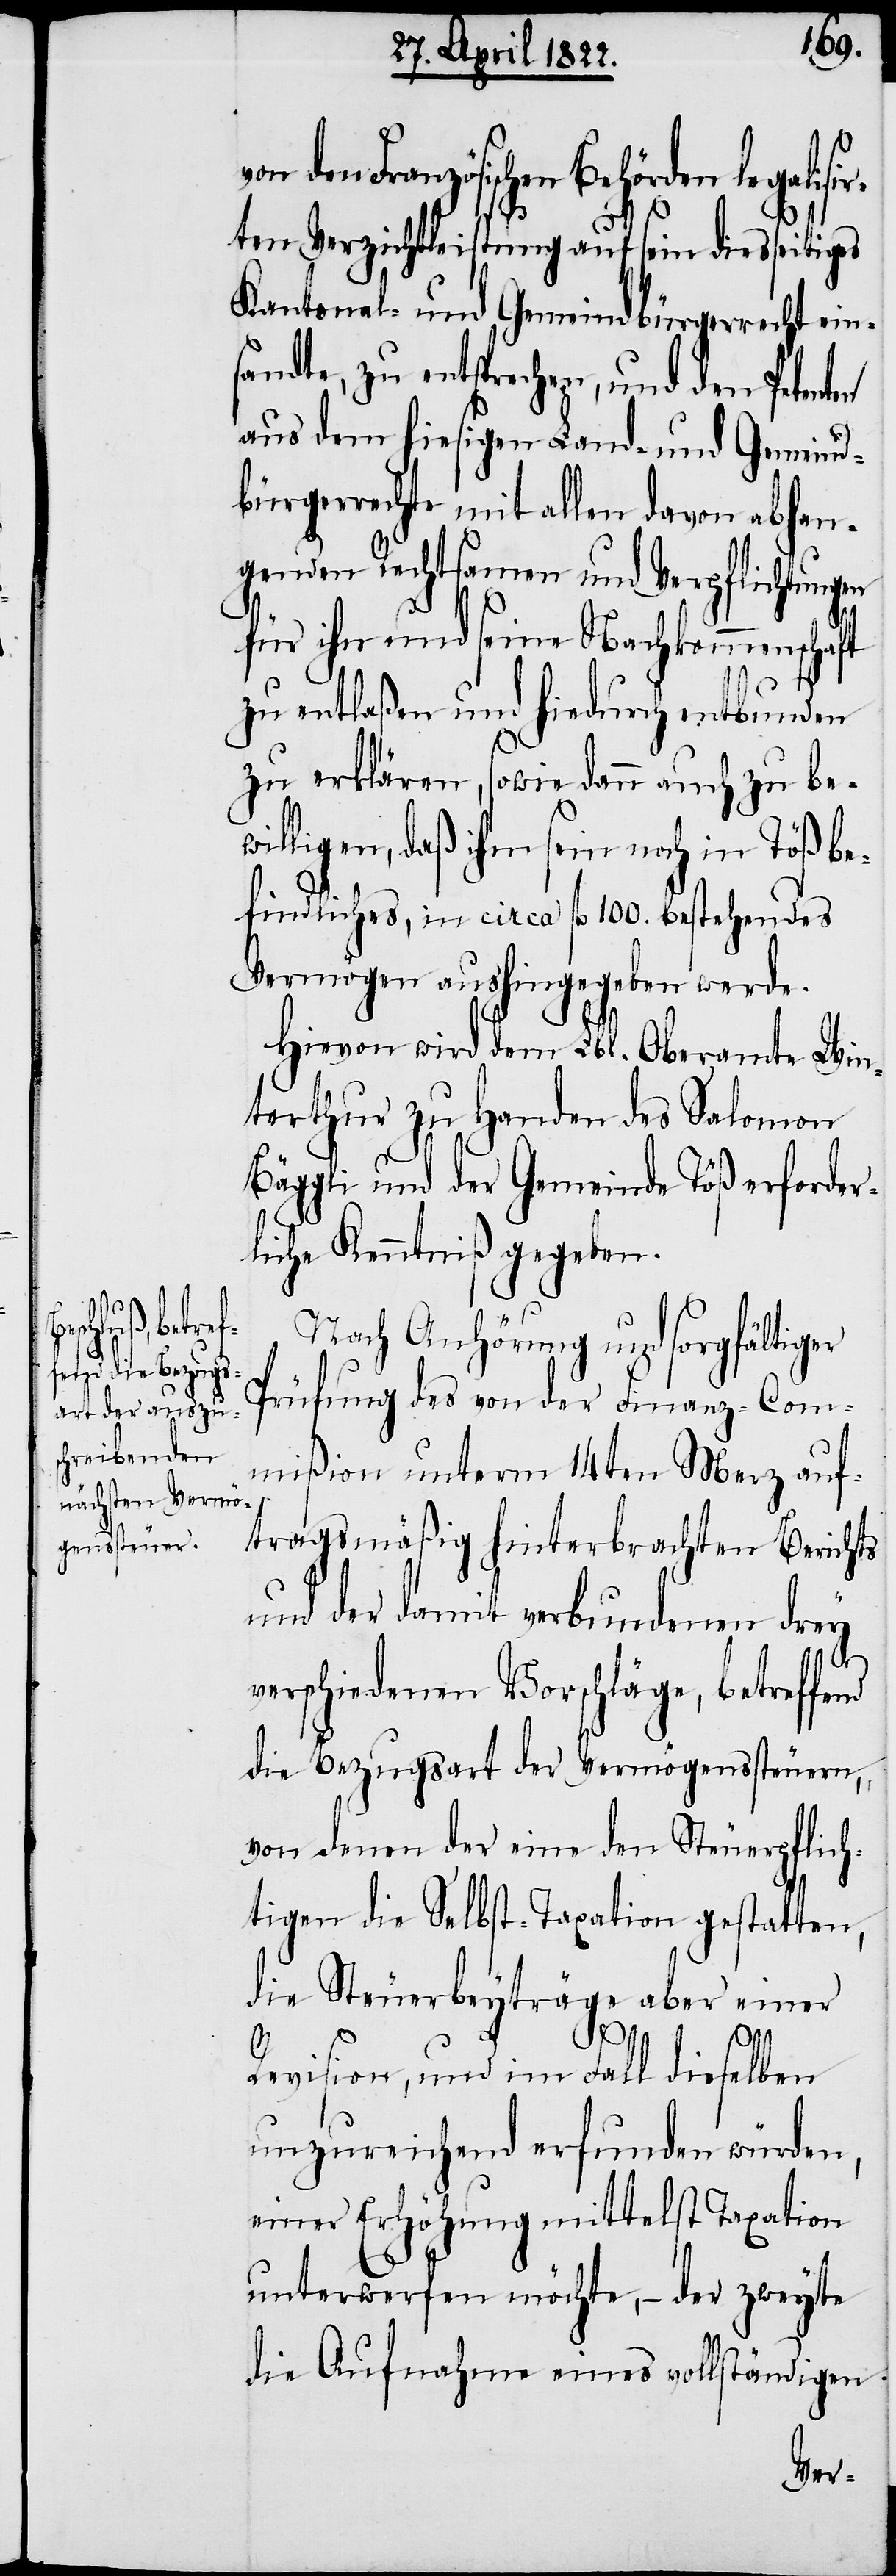
nd

den Französichen Behörden legalisi¬
rten Verzichtleistung auf sein diesseitiges
Kantonal- und Gemeindbürgerrecht ein¬
sandte, zu entsprechen, und den
aus dem hiesigen Land- und Gemeind¬
bürgerrechte mit allen davon abhan¬
genden Rechtsamen und Verpflichtungen
für ihn und seine Nachkommenschaft
zu entlaßen und hiedurch entbunden
zu erklären, sowie dann auch zu be¬
willigen daß ihm sein noch in Töß be¬
findliches, in circa fl. 100. bestehendes
Vermögen aushingegeben werde.
Hievon wird dem Lbl. Oberamte Win¬
terthur zu Handen des Salomon
Bäggli und der Gemeinde Töß erforder¬
liche Kenntniß gegeben.
Nach Anhörung und sorgfältiger
Prüfung des von der Finanz-Com¬
mißion unterm 14ten Merz auf¬
tragsmäßig hinterbrachten Berichts
und der damit verbundenen drey
verschiedenen Vorschläge, betreffe¬
die Bezugsart der Vermögenssteuern,
von denen der eine den Steuerpflich¬
tigen die Selbst-Taxation gestatten,
die Steuerbeyträge aber einer
Revision, und im Fall dieselben
unzureichend erfunden würden,
eine Erhöhung mittelst Taxation
unterwerfen möchte, – der zweyte
die Aufnahme eines vollständigen